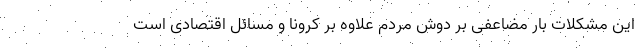
این مشکلات بار مضاعفی بر دوش مردم علاوه بر کرونا و مسائل اقتصادی است